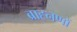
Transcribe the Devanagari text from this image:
ब्राह्नणों